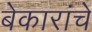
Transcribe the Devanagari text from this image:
बेकारांचे